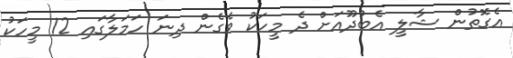
އެގޮތުން ޝާލީ އެބުދޫއަށް ދެ މީހަކު ވެގެން ދިނަ ހަމަލާގައި 12 މީހަކު